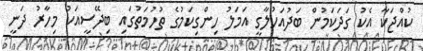
ކުއްޖަކާ އެކު ގަދަކަމުން ބަދުއަހުލާގީ އަމަލު ހިންގިކަމުގެ ތުހުމަތުގައި ބިދޭސީއަކު މިހާރު ދަނީ